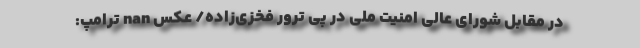
در مقابل شورای عالی امنیت ملی در پی ترور فخزی‌زاده/ عکس nan ترامپ: